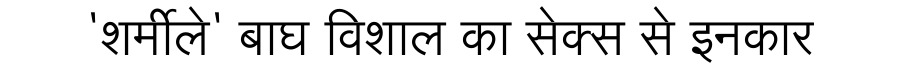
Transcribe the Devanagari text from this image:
'शर्मीले' बाघ विशाल का सेक्स से इनकार